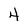
Character: 4